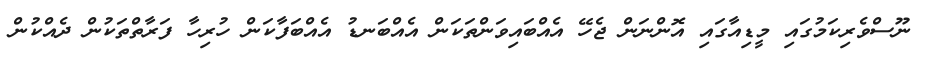
ނޫސްވެރިކަމުގައި މީޑިއާގައި އޮންނަން ޖެހޭ އެއްބައިވަންތަކަން އެއްބަނޑު އެއްބަފާކަން ހުރިހާ ފަރާތްތަކުން ދެއްކުން